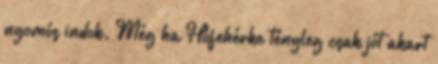
nyomós indok. Még ha Hófehérke tényleg csak jót akart